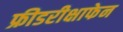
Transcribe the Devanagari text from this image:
फ्रीडरीक्षाफेन